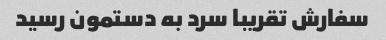
سفارش تقریبا سرد به دستمون رسید